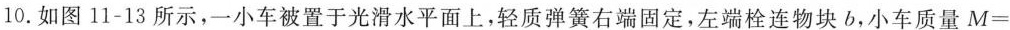
10.如图11-13所示，一小车被置于光滑水平面上，轻质弹簧右端固定，左端栓连物块b，小车质量M=